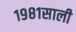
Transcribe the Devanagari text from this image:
१९८१साली